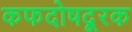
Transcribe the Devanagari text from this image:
कफदोषदूरक